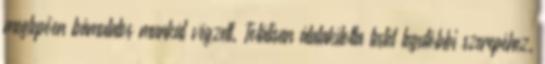
meglepően bámulatos munkát végzett. Totálisan átalakította testét legutóbbi szerepéhez.